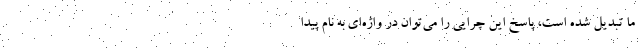
ما تبدیل شده است، پاسخ این چرایی را می‌توان در واژه‌ای به نام پیدا